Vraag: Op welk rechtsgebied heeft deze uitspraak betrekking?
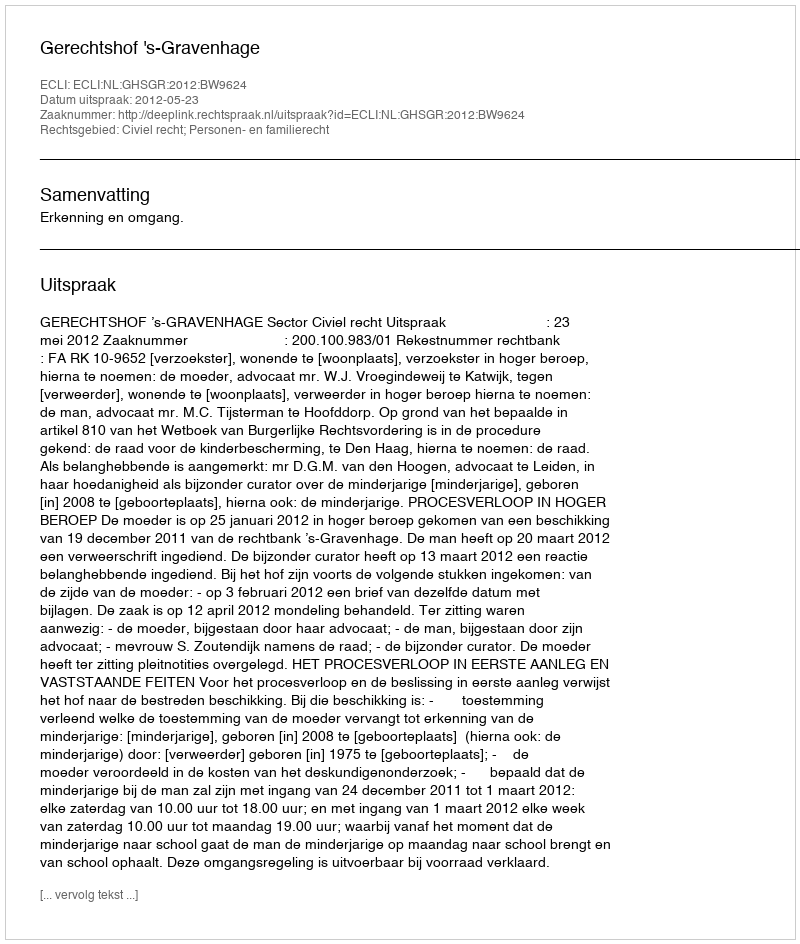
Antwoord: Civiel recht; Personen- en familierecht